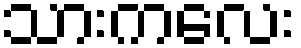
သားကလေး